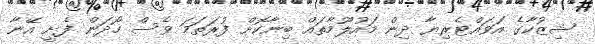
ޝިޒުކާގެ އަވައްޓެރިޔާ ދިން މައުލޫމާތައް ބިނާކޮށް ފުރަތަމަ ވެސް ހޯދަން ފެށީ އޭނާ